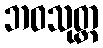
ဘဝသုတ္တ